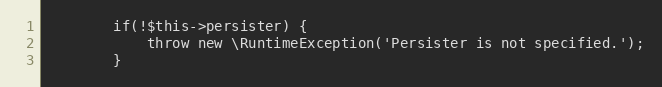
Language: PHP
        if(!$this->persister) {
            throw new \RuntimeException('Persister is not specified.');
        }